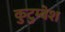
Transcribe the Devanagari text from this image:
कुटुम्बेश